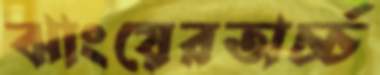
ঝাংয়েরঅর্চ্চ